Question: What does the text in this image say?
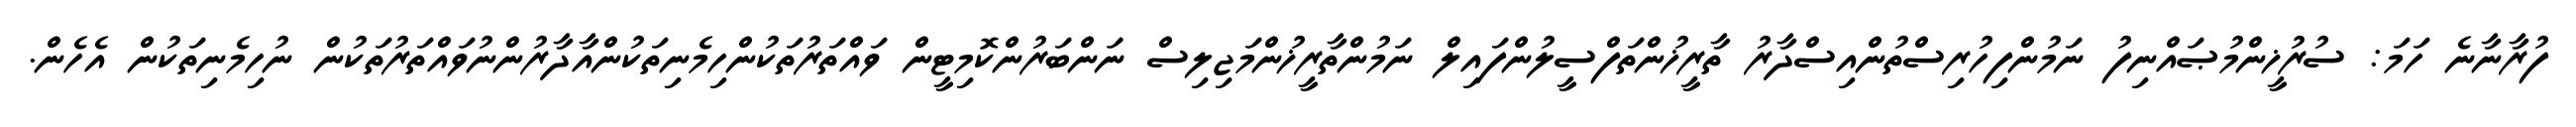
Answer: ފުރާނާނެ ހަމަ: ސުރުޚީންމުޞައްނިފު ނަމުންފިހުރިސްތުންއިސްދާރު ތާރީޚުންތަފްސީލުންފައިލް ނަމުންތާރީޚުންމަޖިލިސް ނަންބަރުންކޮމިޓީން ވައްތަރުތަކުންހިމެނިތަކުންއާދާރުންނުވައްތަރުތަކުން ނުހިމެނިތަކުން އެހެން.